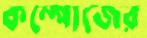
কম্পোজের